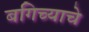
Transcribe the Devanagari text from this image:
बगिच्याचे